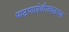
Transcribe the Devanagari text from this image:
पाटणादेवीजवळच्या